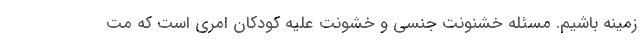
زمینه باشیم. مسئله خشنونت جنسی و خشونت علیه کودکان امری است که مت